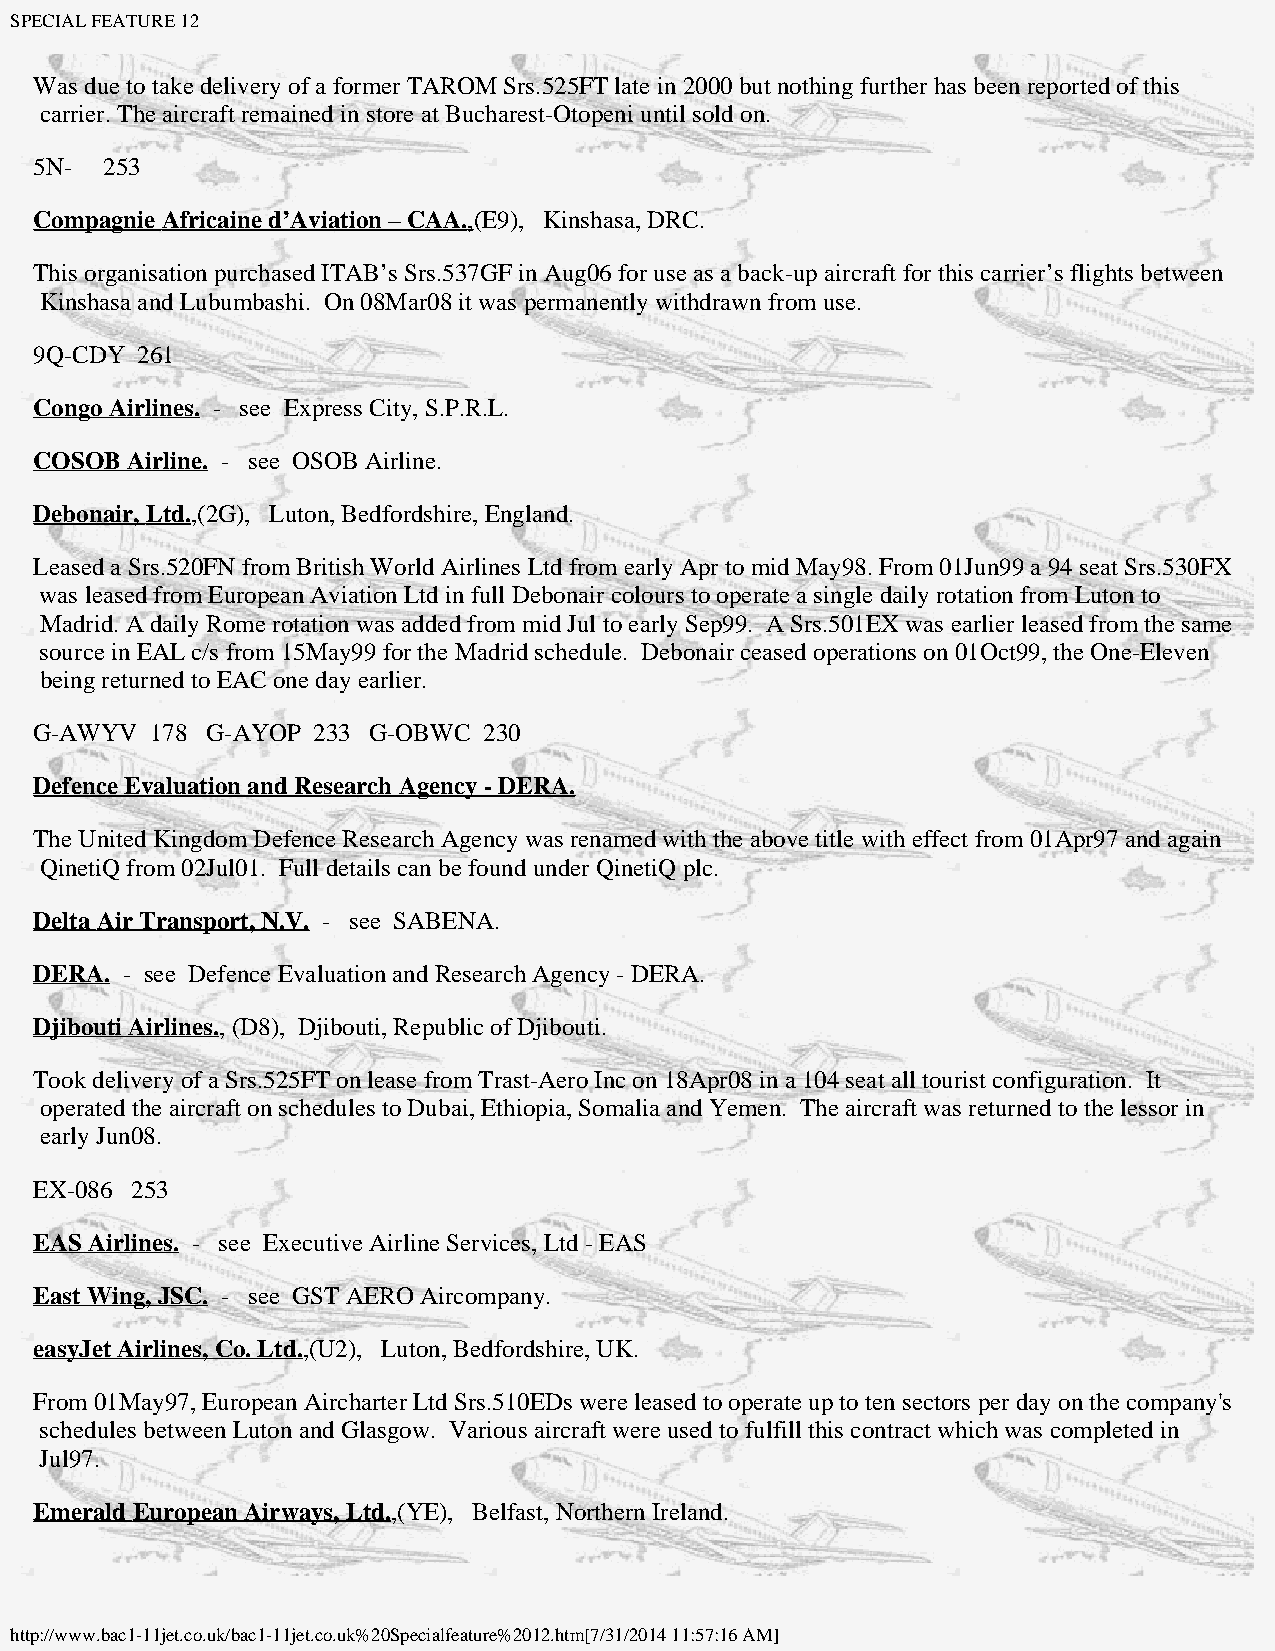
SPECIAL FEATURE 12
 Was due to take delivery of a former TAROM Srs.525FT late in 2000 but nothing further has been reported of this
 carrier. The aircraft remained in store at Bucharest-Otopeni until sold on.
 5N-  253
 Compagnie Africaine d’Aviation – CAA.,(E9), Kinshasa, DRC.
 This organisation purchased ITAB’s Srs.537GF in Aug06 for use as a back-up aircraft for this carrier’s flights between
 Kinshasa and Lubumbashi. On 08Mar08 it was permanently withdrawn from use.
 9Q-CDY 261
 Congo Airlines. - see Express City, S.P.R.L.
 COSOB Airline. - see OSOB Airline.
 Debonair, Ltd.,(2G), Luton, Bedfordshire, England.
 Leased a Srs.520FN from British World Airlines Ltd from early Apr to mid May98. From 01Jun99 a 94 seat Srs.530FX
 was leased from European Aviation Ltd in full Debonair colours to operate a single daily rotation from Luton to
 Madrid. A daily Rome rotation was added from mid Jul to early Sep99. A Srs.501EX was earlier leased from the same
 source in EAL c/s from 15May99 for the Madrid schedule. Debonair ceased operations on 01Oct99, the One-Eleven
 being returned to EAC one day earlier.
 G-AWYV  178 G-AYOP 233 G-OBWC 230
 Defence Evaluation and Research Agency - DERA.
 The United Kingdom Defence Research Agency was renamed with the above title with effect from 01Apr97 and again
 QinetiQ from 02Jul01. Full details can be found under QinetiQ plc.
 Delta Air Transport, N.V. - see SABENA.
 DERA. - see Defence Evaluation and Research Agency - DERA.
 Djibouti Airlines., (D8), Djibouti, Republic of Djibouti.
 Took delivery of a Srs.525FT on lease from Trast-Aero Inc on 18Apr08 in a 104 seat all tourist configuration. It
 operated the aircraft on schedules to Dubai, Ethiopia, Somalia and Yemen. The aircraft was returned to the lessor in
 early Jun08.
 EX-086 253
 EAS Airlines. - see Executive Airline Services, Ltd - EAS
 East Wing, JSC. - see GST AERO Aircompany.
 easyJet Airlines, Co. Ltd.,(U2), Luton, Bedfordshire, UK.
 From 01May97, European Aircharter Ltd Srs.510EDs were leased to operate up to ten sectors per day on the company's
 schedules between Luton and Glasgow. Various aircraft were used to fulfill this contract which was completed in
 Jul97.
 Emerald European Airways, Ltd.,(YE), Belfast, Northern Ireland.
 http://www.bac1-11jet.co.uk/bac1-11jet.co.uk%20Specialfeature%2012.htm[7/31/2014 11:57:16 AM]